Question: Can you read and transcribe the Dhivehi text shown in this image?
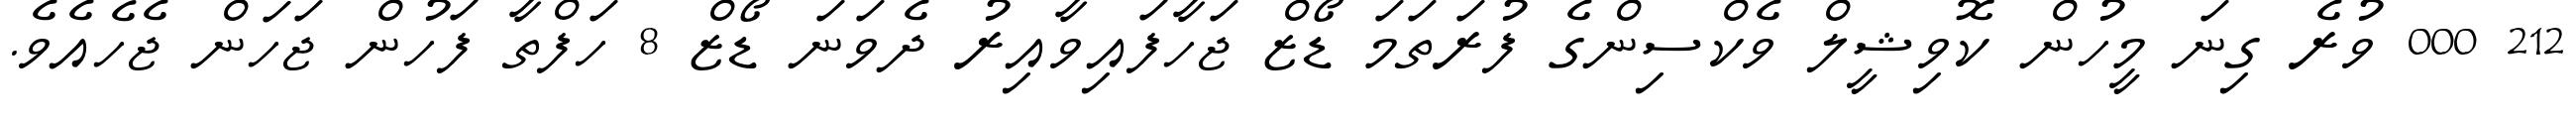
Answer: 212 000 ވުރެ ގިނަ މީހުން ކޮވިޝީލް ވެކްސިންގެ ފުރަތަމަ ޑޯޒް ޖަހާފައިވާއިރު ދެވަނަ ޑޯޒް 8 ހަފްތާ ފަހުން ޖަހަން ޖެހެއެވެ.